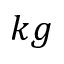
k g